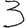
Digit: 3